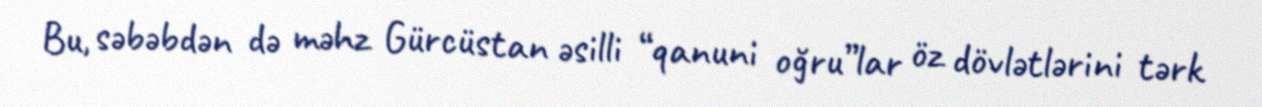
Bu, səbəbdən də məhz Gürcüstan əsilli “qanuni oğru”lar öz dövlətlərini tərk